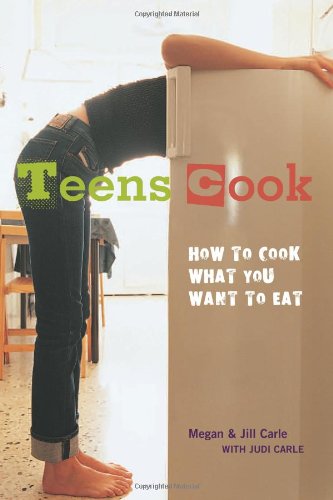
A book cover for Teens Cook: How to Cook What You Want to Eat; Megan Carle; Cookbooks, Food & Wine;